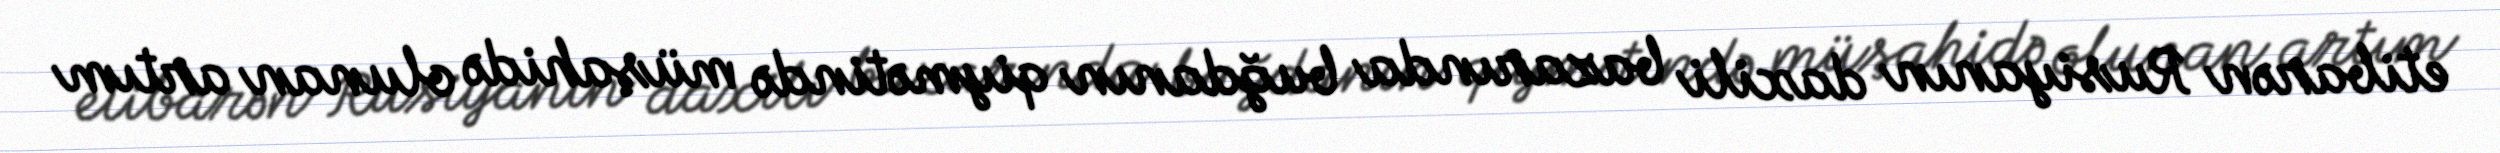
etibarən Rusiyanın daxili bazarında buğdanın qiymətində müşahidə olunan artım